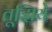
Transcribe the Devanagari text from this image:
तूझिये